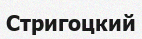
Стригоцкий